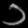
Digit: ၁